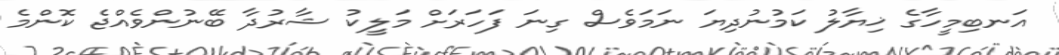
އަނބިމީހާގެ ޚިޔާލު ކަމުނުދިޔަ ނަމަވެސް ގިނަ ފަހަރަށް މަލީކު ޝާރުދާ ބޭނުންވެއްޖެ ކޮންމެ